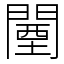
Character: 闉